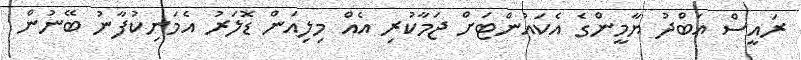
ރައީސް އަބްދު ޔާމީންގެ އެކައުންޓަށް ޖަމާކުރި އެއް މިލިއަން ޑޮލަރު އެމަނިކުފާނު ބޭނުން